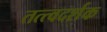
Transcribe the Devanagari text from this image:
तत्त्वदर्शक